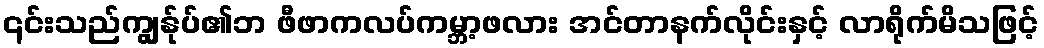
၎င်းသည်ကျွန်ုပ်၏ဘ ဖီဖာကလပ်ကမ္ဘာ့ဖလား အင်တာနက်လိုင်းနှင့် လာရိုက်မိသဖြင့်